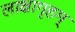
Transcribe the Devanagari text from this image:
लाक्षागृहम्